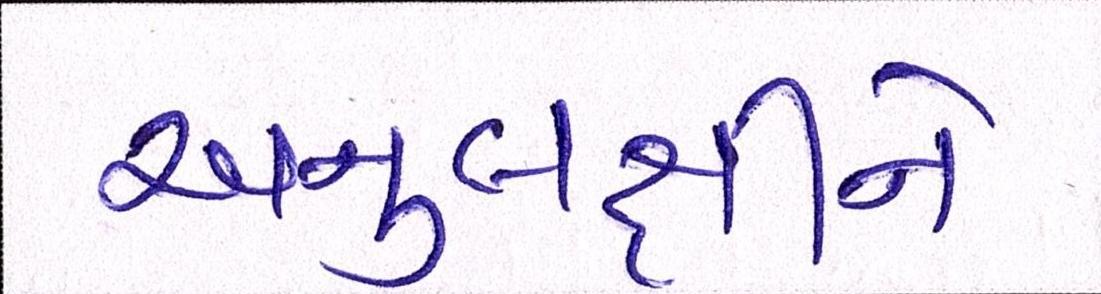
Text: અનુલક્ષીને